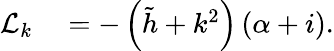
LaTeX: \begin{array}{rl}{\mathcal{L}_{k}}&{{}=-\left(\tilde{h}+k^{2}\right)\left(\alpha+i\right).}\end{array}